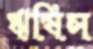
ঋষিস